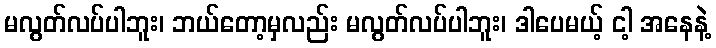
မလွတ်လပ်ပါဘူး၊ ဘယ်တော့မှလည်း မလွတ်လပ်ပါဘူး၊ ဒါပေမယ့် ငါ့ အနေနဲ့